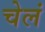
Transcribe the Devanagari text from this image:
चेलं